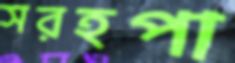
সরহপা